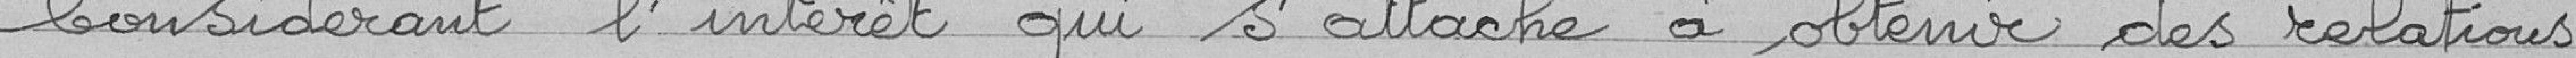
Considérant de l'intérêt qui s'attache à obtenir des relations